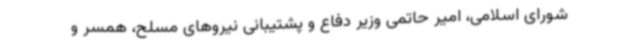
شورای اسلامی، امیر حاتمی وزیر دفاع و پشتیبانی نیروهای مسلح، همسر و